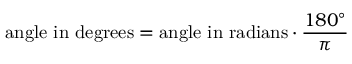
{ \mathrm { a n g l e ~ i n ~ d e g r e e s } } = { \mathrm { a n g l e ~ i n ~ r a d i a n s } } \cdot { \frac { 1 8 0 ^ { \circ } } { \pi } }